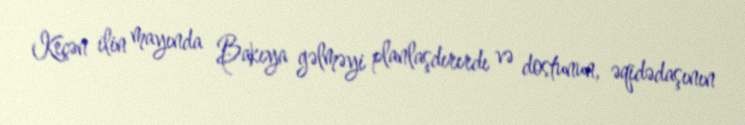
Keçən ilin mayında Bakıya gəlməyi planlaşdırırdı və dostunun, əqidədaşının